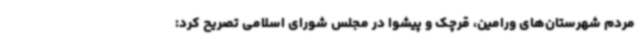
مردم شهرستان‌های ورامین، قرچک و پیشوا در مجلس شورای اسلامی تصریح کرد: